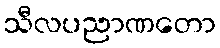
သီလပညာဏတော